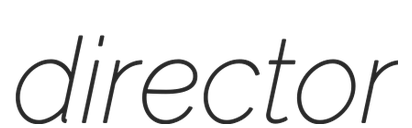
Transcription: director